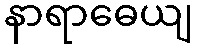
နာရာဓေယျ